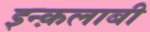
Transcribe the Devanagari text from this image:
इन्क़लाबी